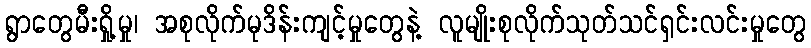
ရွာတွေမီးရှို့မှု၊ အစုလိုက်မုဒိန်းကျင့်မှုတွေနဲ့ လူမျိုးစုလိုက်သုတ်သင်ရှင်းလင်းမှုတွေ